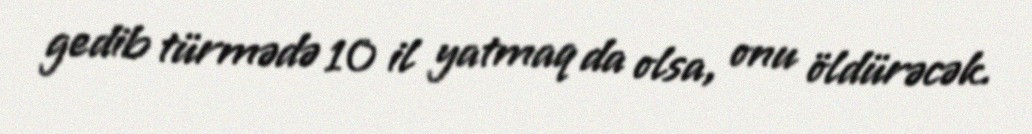
gedib türmədə 10 il yatmaq da olsa, onu öldürəcək.